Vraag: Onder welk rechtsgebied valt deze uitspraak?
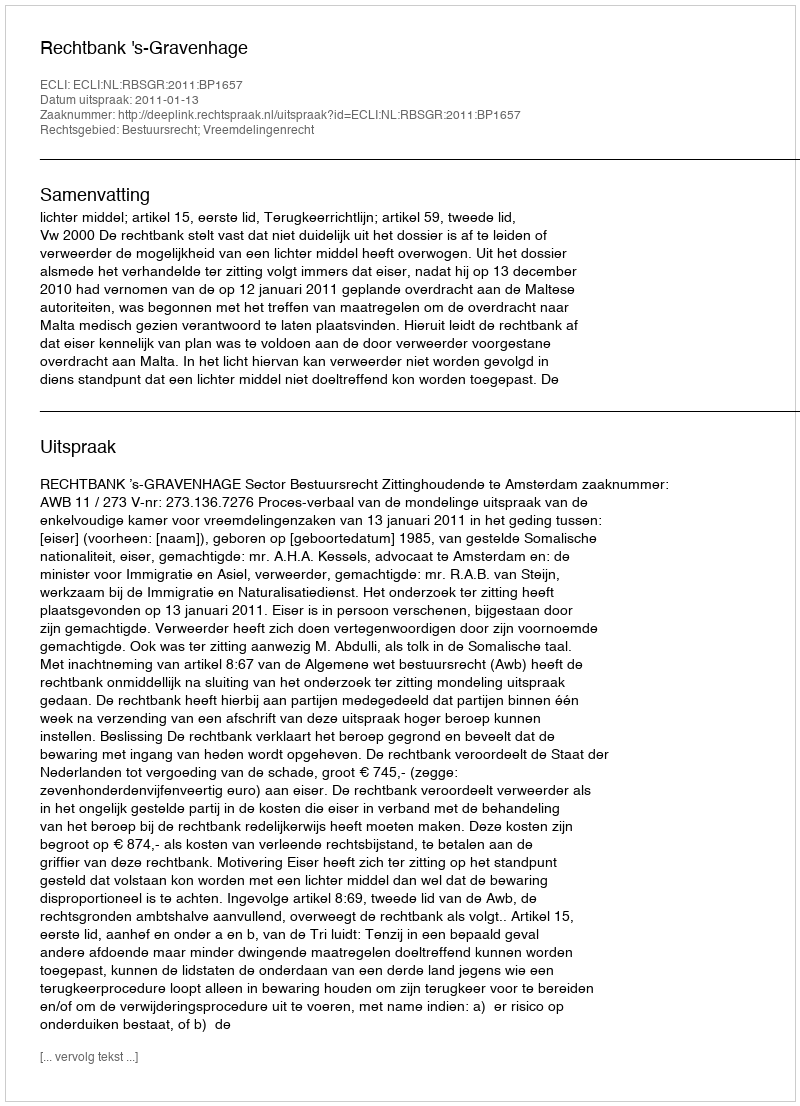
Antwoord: Bestuursrecht; Vreemdelingenrecht